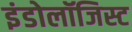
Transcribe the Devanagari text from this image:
इंडोलॉजिस्ट